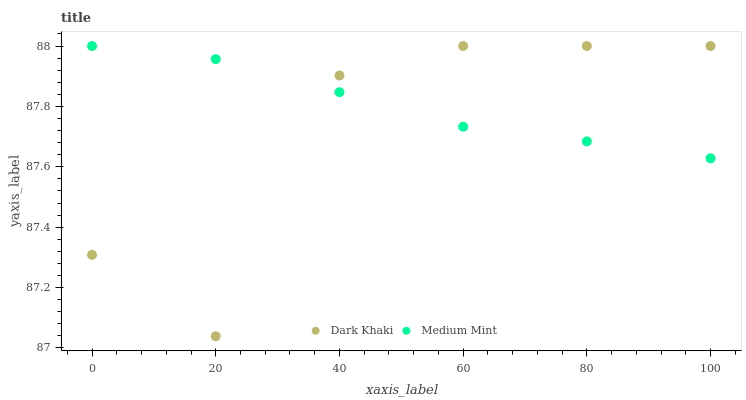
| xaxis_label | Dark Khaki | Medium Mint |
 | --- | --- | --- |
 | 0 | 87.3 | 88 |
 | 20 | 87 | 88 |
 | 40 | 87.9 | 87.8 |
 | 60 | 88 | 87.7 |
 | 80 | 88 | 87.7 |
 | 100 | 88 | 87.6 |